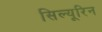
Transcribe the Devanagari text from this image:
सिल्यूरिन